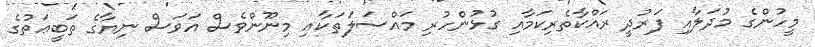
މީހުންގެ މުދަލާއި ފަރުދީ ރައްކާތެރިކަމާއި ގުޅުންހުރި މައްސަލަތަކާއި މިނޫންވެސް އަވަސް ނިޔާގެ ތަބީޢަތުގެ